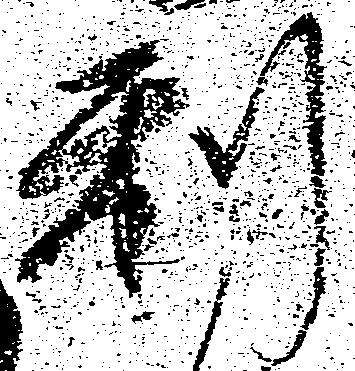
利